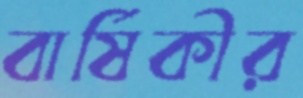
বার্ষিকীর